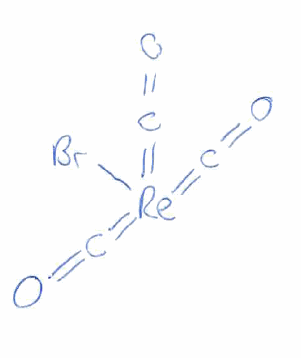
Simplified molecular-input line-entry system (SMILES) notation of the given molecule:
C(=O)=[Re](=C=O)(=C=O)Br